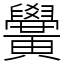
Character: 黌